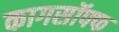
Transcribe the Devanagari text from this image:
कागसॉफ्फ